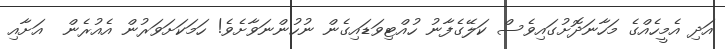
އަދި އެމީހެއްގެ މަހާނަދޮށުގައިވެސް ކަލޭގެފާނު ހުއްޓިވަޑައިގެން ނުހުންނަވާށެވެ! ހަމަކަށަވަރުން އެއުރެން  އަށާއި